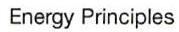
Energy Principles